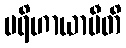
ပရိဟာယာမီတိ